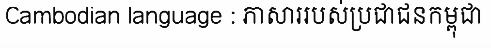
Cambodian language : ភាសាររបស់ប្រជាជនកម្ពុជា